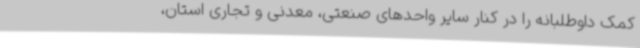
کمک داوطلبانه را در کنار سایر واحدهای صنعتی، معدنی و تجاری استان،